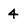
Character: 4